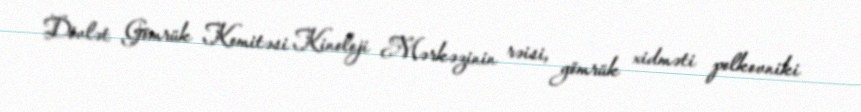
Dövlət Gömrük Komitəsi Kinoloji Mərkəzinin rəisi, gömrük xidməti polkovniki